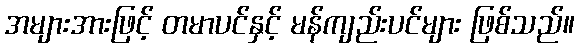
အများအားဖြင့် တမာပင်နှင့် မန်ကျည်းပင်များ ဖြစ်သည်။